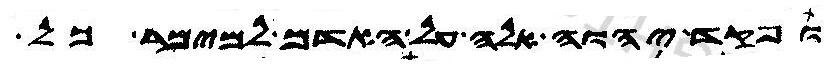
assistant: ופקד יהוה אלה על האדם למימר כל